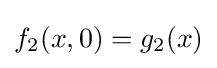
f_{2}(x,0)=g_{2}(x)